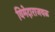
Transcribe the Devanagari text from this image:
विमेदाराजवळ